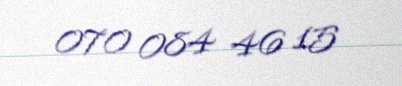
070 084 46 15